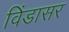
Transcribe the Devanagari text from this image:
विंडासर